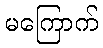
မကြောက်